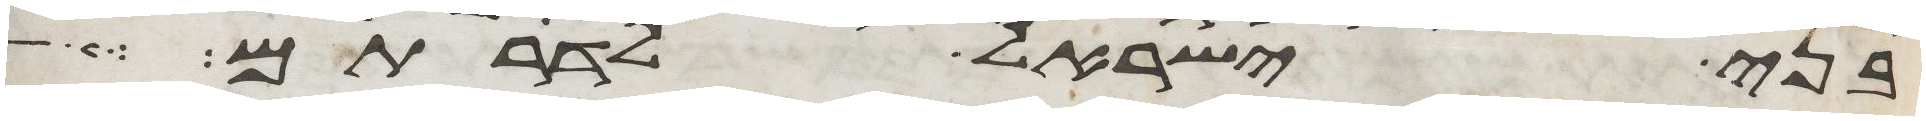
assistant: בני ישראל לדרותם